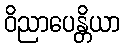
ဝိညာပေန္တိယာ